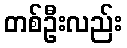
တစ်ဦးလည်း